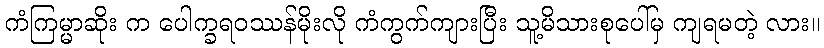
ကံကြမ္မာဆိုး က ပေါက္ခရဝဿန်မိုးလို ကံကွက်ကျားပြီး သူ့မိသားစုပေါ်မှ ကျရမတဲ့ လား။